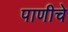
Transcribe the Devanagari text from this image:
पाणीचे